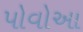
પોવોઆ